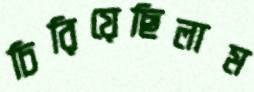
চিরিয়েছিলাম